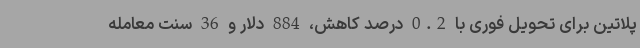
پلاتین برای تحویل فوری با 0.2 درصد کاهش، 884 دلار و 36 سنت معامله